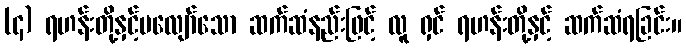
(၄) ရဟန်းတို့နှင့်မလျော်သော ဆက်ဆံနည်းဖြင့် လူ ရှင် ရဟန်းတို့နှင့် ဆက်ဆံရခြင်း။